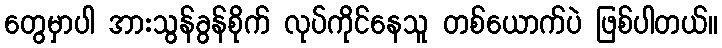
တွေမှာပါ အားသွန်ခွန်စိုက် လုပ်ကိုင်နေသူ တစ်ယောက်ပဲ ဖြစ်ပါတယ်။